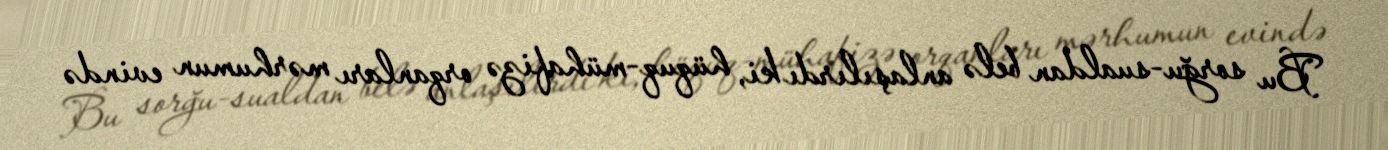
Bu sorğu-sualdan belə anlaşılırdı ki, hüquq-mühafizə orqanları mərhumun evində